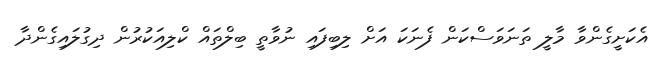
އެކަށީގެންވާ މާލީ ތަނަވަސްކަން ފެނަކަ އަށް ލިބިފައި ނުވާތީ ބިލްތައް ކްލިއަކުރުން ދިގުލައިގެންދާ